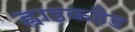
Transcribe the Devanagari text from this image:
ह्वाइकहैड